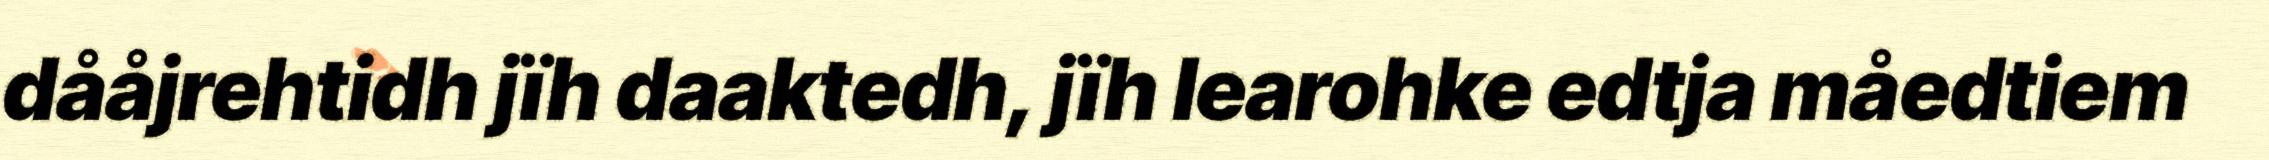
dååjrehtidh jïh daaktedh, jïh learohke edtja måedtiem